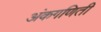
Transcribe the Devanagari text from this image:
अंकगणिती